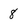
Character: 8